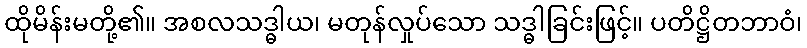
ထိုမိန်းမတို့၏။ အစလသဒ္ဓါယ၊ မတုန်လှုပ်သော သဒ္ဓါခြင်းဖြင့်။ ပတိဋ္ဌိတဘာဝံ၊